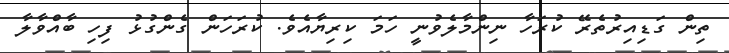
ތިން ގަޑިއިރުތެރޭ ކުރަހާ ނިންމާލެވުނީ ހަމަ ކިރިޔާއެވެ. ކުރަހަން ގެންގުޅު ފިހި ބާއްވާލާ